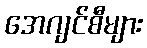
အေဂျင်စီများ